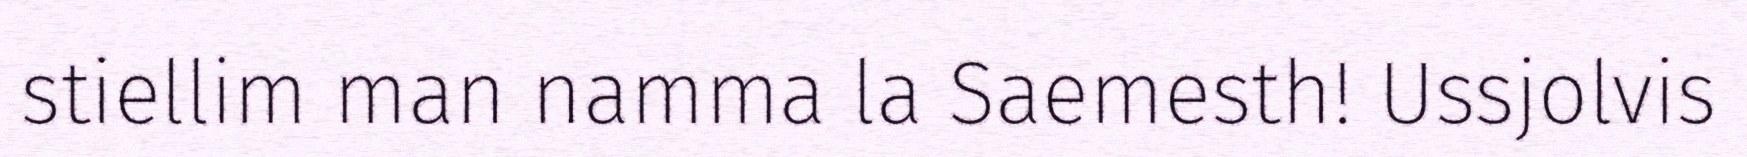
stiellim man namma la Saemesth! Ussjolvis